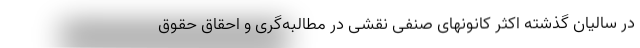
در سالیان گذشته اکثر کانونهای صنفی نقشی در مطالبه‌گری و احقاق حقوق